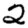
Digit: 2